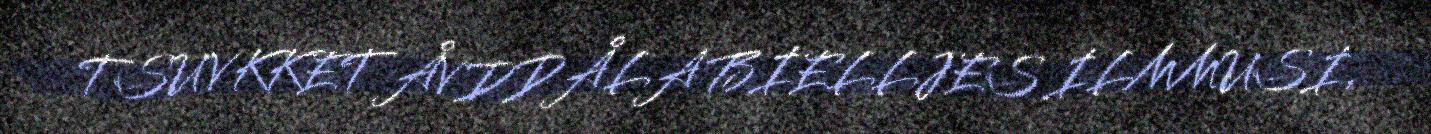
TSUVKKET ÅVDDÅLA BIELLJES ILMMUSI,